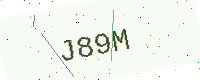
Text: J89M